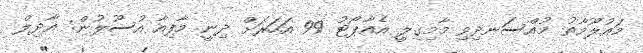
މައުލޫމާތު މުއްސަނދިވި މާމިގިލީ އެއާޕޯޓު 99 އަހަރަށް ދިނީ މާފިއާ އުސޫލުން: އާދިލް